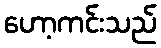
ဟော့ကင်းသည်